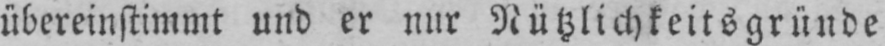
übereinstimmt und er nur Nützlichkeitsgründe